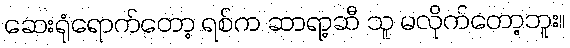
ဆေးရုံရောက်တော့ ရစ်က ဆာရာ့ဆီ သူ မလိုက်တော့ဘူး။